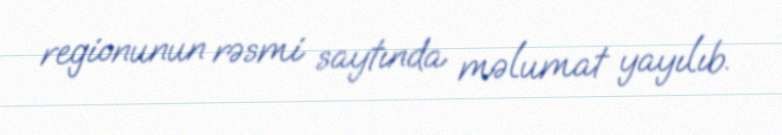
regionunun rəsmi saytında məlumat yayılıb.